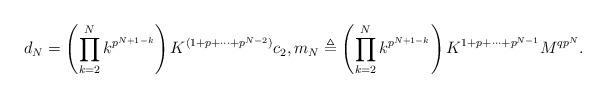
LaTeX: \begin{align*}d_N=\left(\prod_{k=2}^Nk^{p^{N+1-k}}\right)K^{(1+p+\cdots+p^{N-2})}c_2,m_N\triangleq \left(\prod_{k=2}^Nk^{p^{N+1-k}}\right)K^{1+p+\cdots+p^{N-1}}M^{qp^N}.\end{align*}